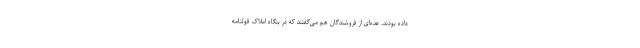
داده بودند. عده‌ای از فروشندگان هم می‌گفتند که در بنگاه املاک قولنامه